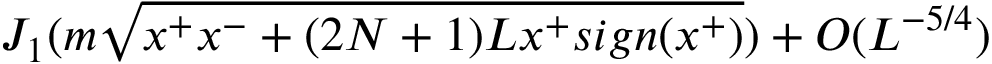
J _ { 1 } ( m \sqrt { x ^ { + } x ^ { - } + ( 2 N + 1 ) L x ^ { + } s i g n ( x ^ { + } ) } ) + O ( L ^ { - 5 / 4 } )